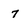
Character: 7